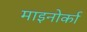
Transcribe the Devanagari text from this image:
माइनोर्का